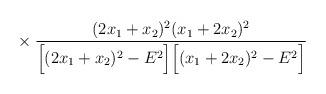
LaTeX: \begin{align*}\makebox[2.8cm]{} \times \frac{ (2x_1+x_2)^2 (x_1+2x_2)^2} { \Big[(2 x_1 +x_2)^2-E^2 \Big] \Big[ (x_1+2x_2)^2-E^2 \Big]}\end{align*}